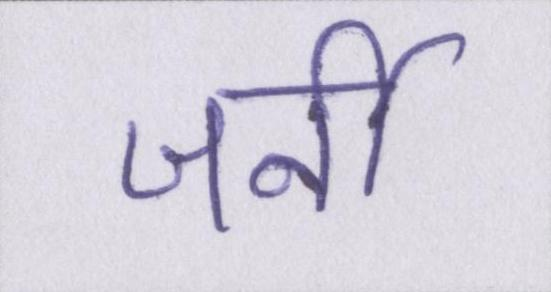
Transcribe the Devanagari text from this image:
जर्नी